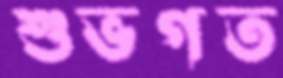
শুভগত